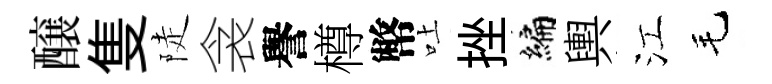
醸隻陡衾譽樽幣吐挫编輿江毛